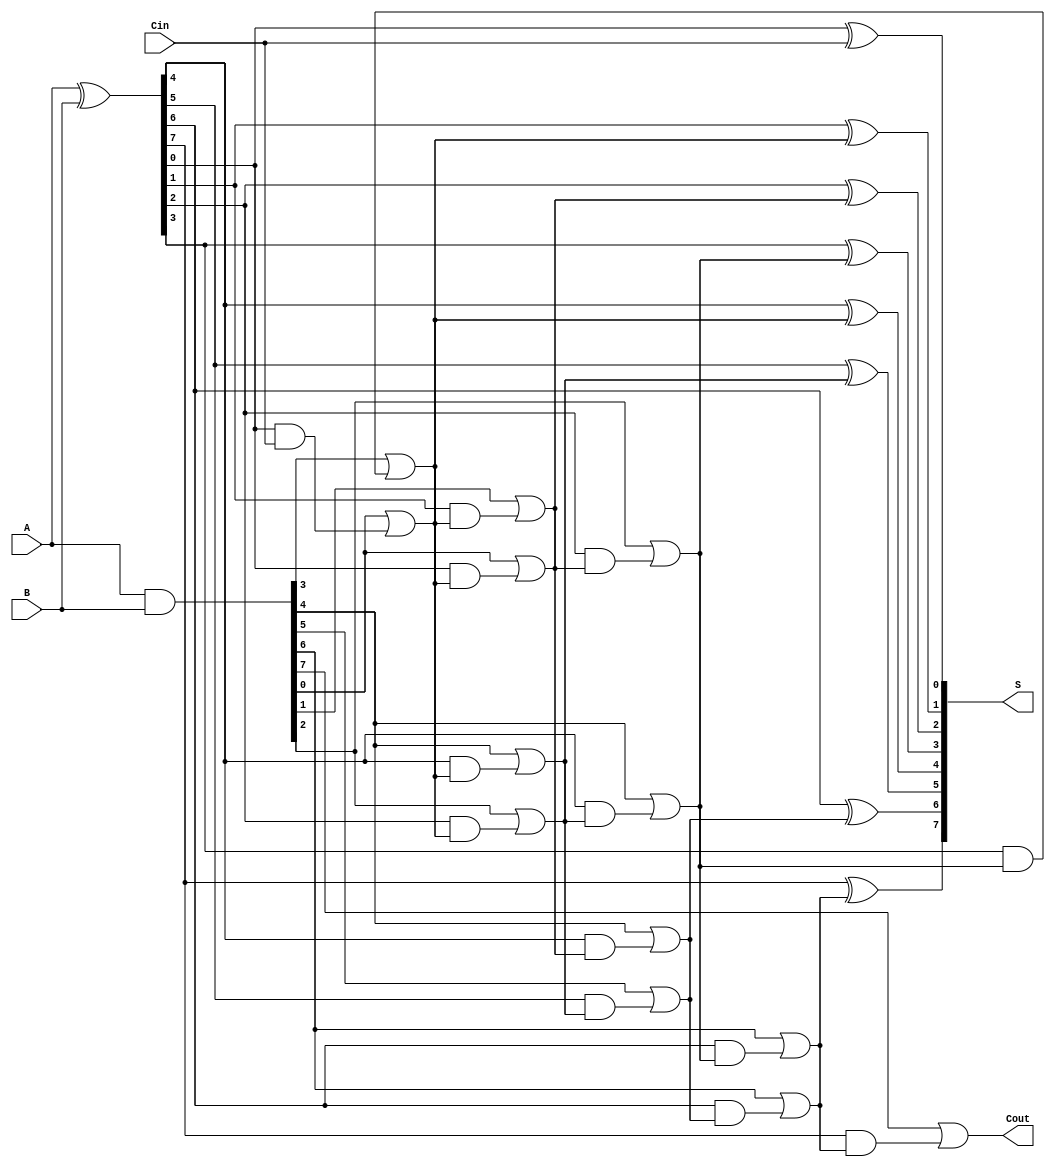
module SklanskyAdder #(parameter n = 8) (
    input  [n-1:0] A,      // First n-bit input
    input  [n-1:0] B,      // Second n-bit input
    input          Cin,     // Carry input
    output [n-1:0] S,      // n-bit sum output
    output         Cout     // Carry output
);

    // Generate and Propagate signals
    wire [n-1:0] G; // Generate signals
    wire [n-1:0] P; // Propagate signals
    wire [n:0] C;   // Carry signals

    // Generate and Propagate calculations
    assign G = A & B;          // G[i] = A[i] & B[i]
    assign P = A ^ B;          // P[i] = A[i] ^ B[i]

    // Carry computation
    assign C[0] = Cin;         // Initial carry input

    // Level 1 carry computation
    genvar i;
    generate
        for (i = 0; i < n; i = i + 1) begin : level1
            assign C[i+1] = G[i] | (P[i] & C[i]); // C1[i] = G[i] | (P[i] & C[i])
        end
    endgenerate

    // Higher level carry computation
    generate
        for (i = 0; i < n/2; i = i + 1) begin : level2
            assign C[n/2 + i] = G[2*i] | (P[2*i] & C[i]); // C2[i] = G[2*i] | (P[2*i] & C[i])
        end
    endgenerate

    generate
        for (i = 0; i < n/4; i = i + 1) begin : level3
            assign C[n/4 + i] = G[4*i] | (P[4*i] & C[n/2 + i]); // C3[i] = G[4*i] | (P[4*i] & C[n/2 + i])
        end
    endgenerate

    // Final carry output
    assign Cout = C[n]; // Final carry out

    // Sum computation
    generate
        for (i = 0; i < n; i = i + 1) begin : sum
            assign S[i] = P[i] ^ C[i]; // S[i] = P[i] ^ C[i]
        end
    endgenerate

endmodule